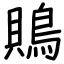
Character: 鵙